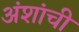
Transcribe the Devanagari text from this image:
अंशांची